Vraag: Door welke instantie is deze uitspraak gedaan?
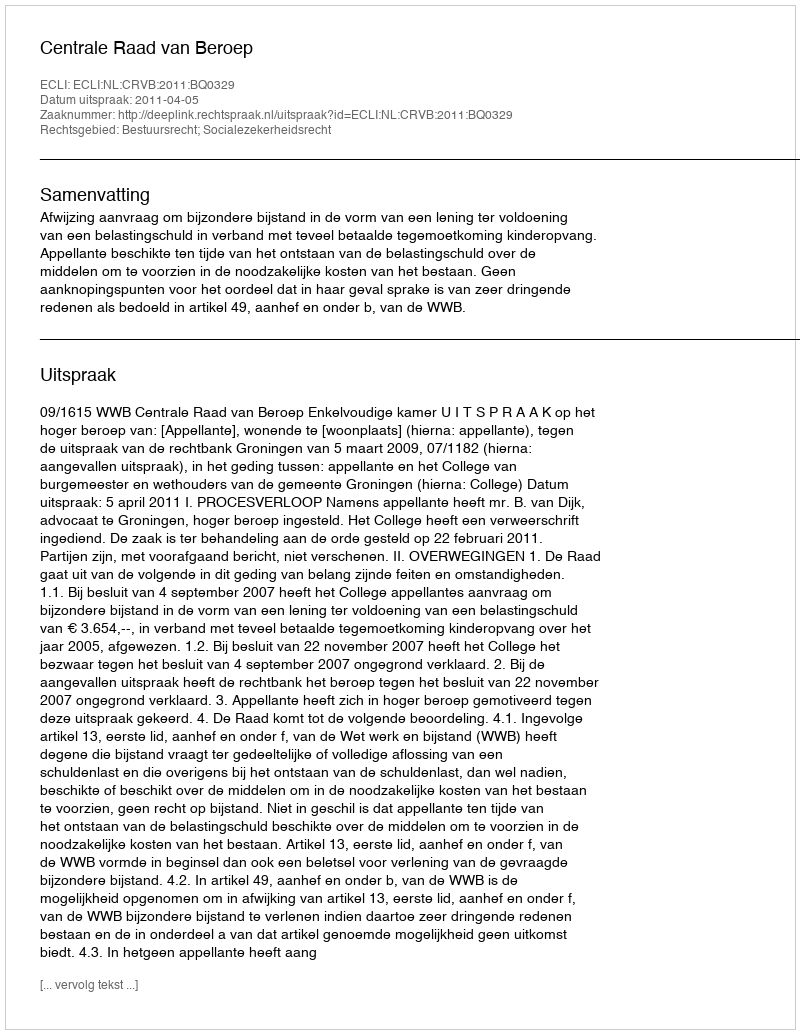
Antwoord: Centrale Raad van Beroep